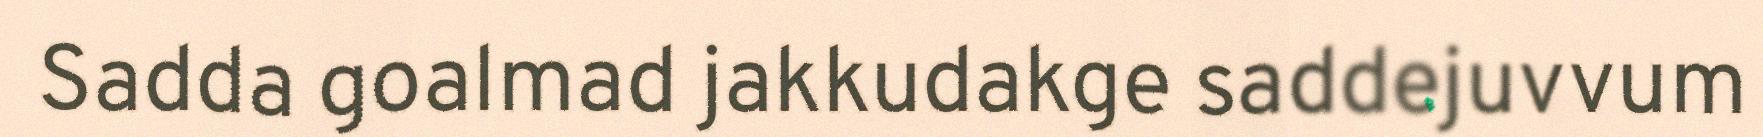
Sadda goalmad jakkudakge saddejuvvum